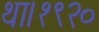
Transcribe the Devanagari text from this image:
था।१९२०